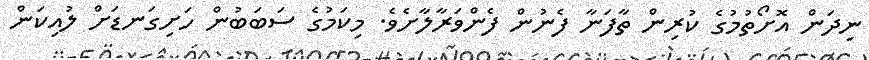
ނިދަން އޮށޯތުމުގެ ކުރިން ތާފަނާ ފެނުން ފެންވަރާލާށެވެ. މިކަމުގެ ސަބަބުން ހަށިގަނޑަށް ލުއިކަން